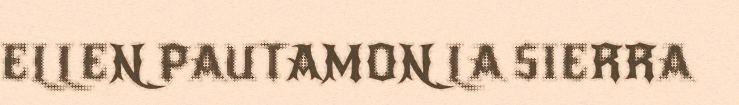
ELLEN PAUTAMON LA SIERRA